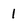
Character: 1